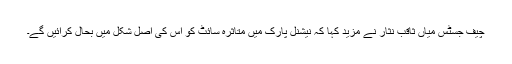
چیف جسٹس میاں ثاقب نثار نے مزید کہا کہ نیشنل پارک میں متاثرہ سائٹ کو اس کی اصل شکل میں بحال کرائیں گے۔